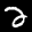
Label: 2